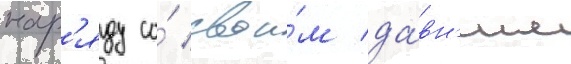
нар'яду со́ свои́м да́вн'им